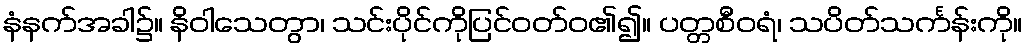
နံနက်အခါ၌။ နိဝါသေတွာ၊ သင်းပိုင်ကိုပြင်ဝတ်ဝ၏၍။ ပတ္တစီဝရံ၊ သပိတ်သင်္ကန်းကို။